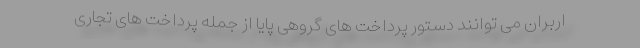
اربران می توانند دستور پرداخت های گروهی پایا از جمله پرداخت های تجاری